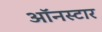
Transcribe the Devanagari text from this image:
ऑनस्टार